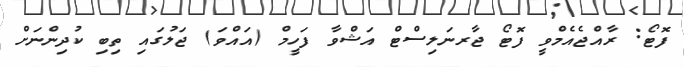
ފޮޓޯ: ރާއްޖެއެމްވީ ފޮޓޯ ޖާރނަލިސްޓް އަޝްވާ ފަހީމް (އައްވަ) ޖަލުގައި ތިބި ކުދިންނަށް